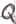
Text: Q